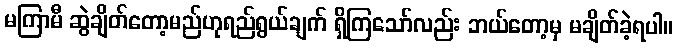
မကြာမီ ဆွဲချိတ်တော့မည်ဟုရည်ရွယ်ချက် ရှိကြသော်လည်း ဘယ်တော့မှ မချိတ်ခဲ့ရပါ။